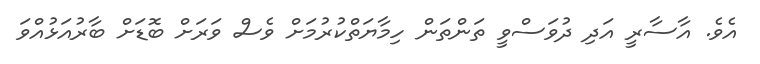
އެވެ. އާސާރީ އަދި ދުވަސްވީ ތަންތަން ހިމާޔަތްކުރުމަށް ވެސް ވަރަށް ބޮޑަށް ބާރުއަޅުއްވަ